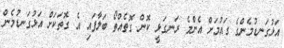
އަޅުގަނޑުމެންގެ ގައުމަށް އެންމެ ރަނގަޅީ ކޮން ގޮތެއްތޯ ބަލާފައި އެ ގޮތަކަށް އަޅުގަނޑުމެން